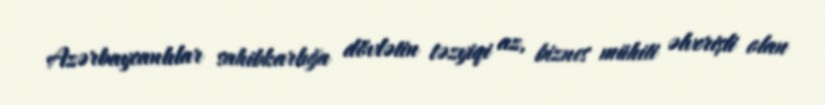
Azərbaycanlılar sahibkarlığa dövlətin təzyiqi az, biznes mühiti əlverişli olan